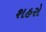
શહરો